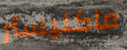
ماكليستر